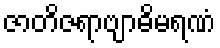
ဇာတိဇရာဗျာဓိမရဏံ